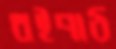
বইপাঠ